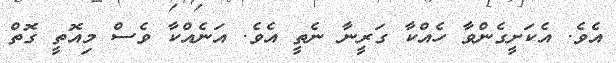
އެވެ. އެކަށީގެންވާ ހެއްކާ ގަރީނާ ނެތީ އެވެ. އަނެއްކާ ވެސް މިއޮތީ ގޮތް